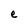
Character: e